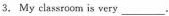
3. My classroom is very___.